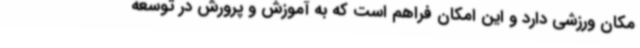
مکان ورزشی دارد و این امکان فراهم است که به آموزش و پرورش در توسعه